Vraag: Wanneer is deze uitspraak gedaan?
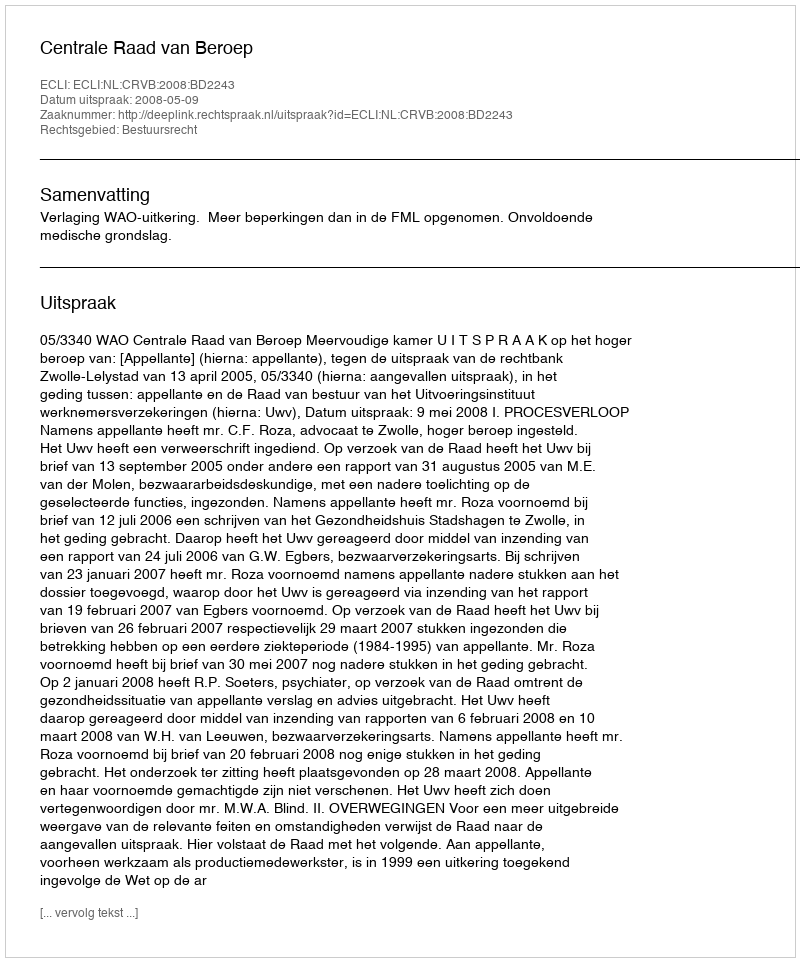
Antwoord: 2008-05-09